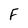
Character: F